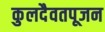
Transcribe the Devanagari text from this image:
कुलदैवतपूजन